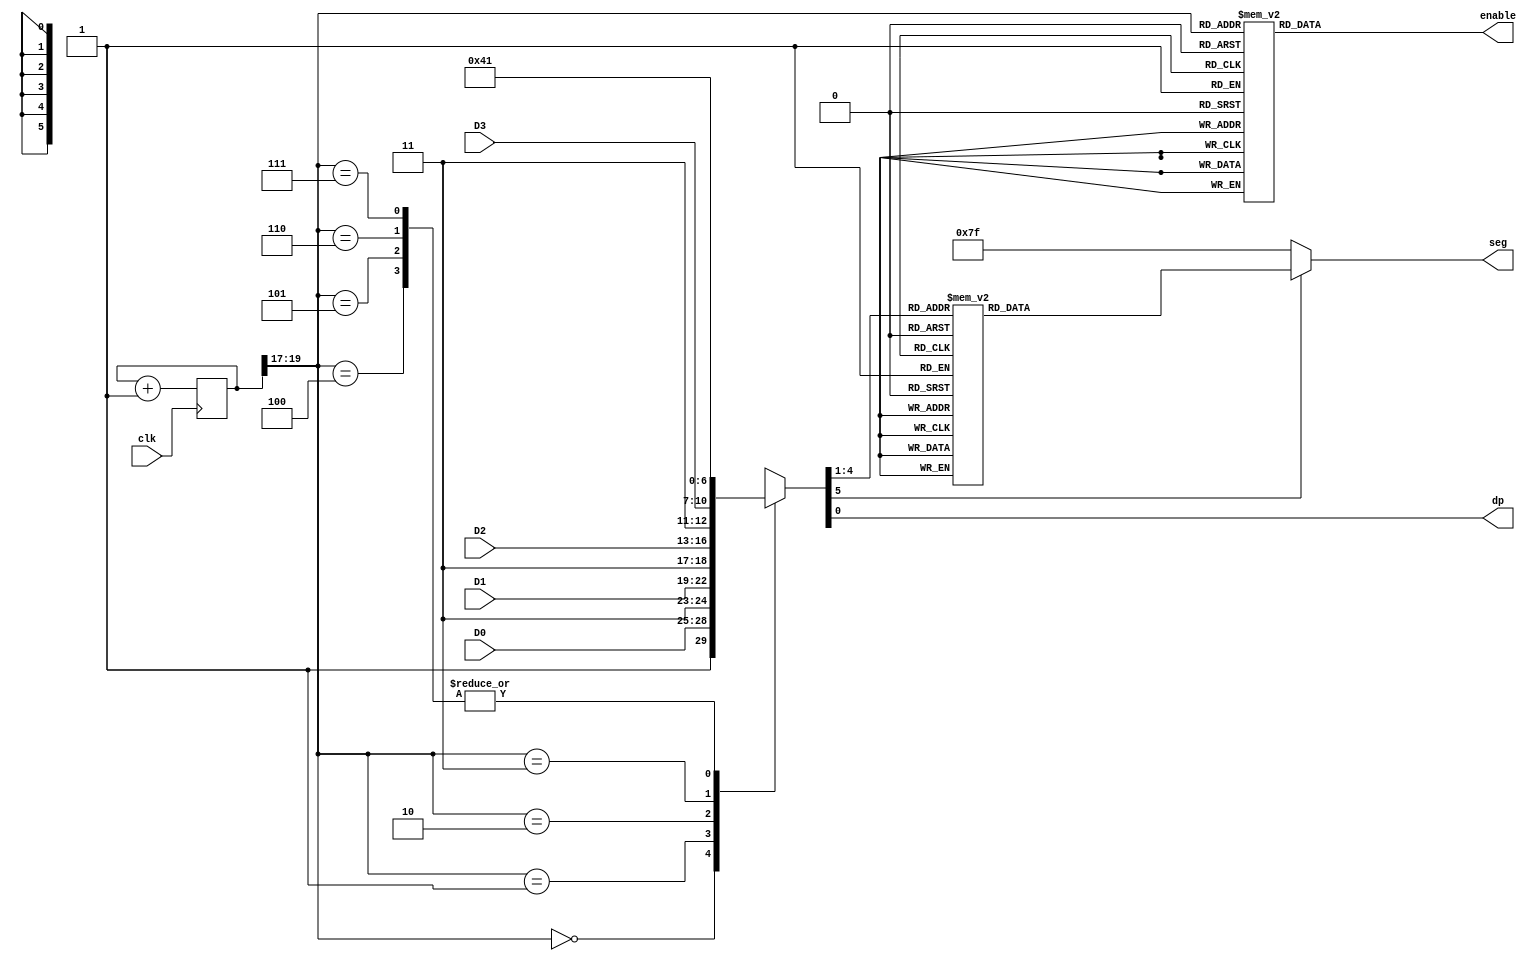
`timescale 1ns / 1ps
//////////////////////////////////////////////////////////////////////////////////
// Company: 
// Engineer: 
// 
// Design Name: 
// Module Name: displayInterface
// Project Name: 
// Target Devices: 
// Tool Versions: 
// Description: 
// 
// Dependencies: 
// 
// Revision:
// Revision 0.01 - File Created
// Additional Comments:
// 
//////////////////////////////////////////////////////////////////////////////////


module displayInterface
    (
        input       clk,
        input       [3:0] D0,
        input       [3:0] D1,
        input       [3:0] D2,
        input       [3:0] D3,
        output      dp,
        output reg  [7:0] enable,
        output reg  [6:0] seg
    );
    
    reg [19:0] counter = {20{1'b0}};

    always @(posedge clk)
        counter <= counter + 1'b1;


    /* 
        3 x 8 Decoder
            Block determines enable for seven seg
            Input: 3-bit from the most significant bits of counter
            Output: 8-bit output, active low for common anode 7 segment
    */
    always @(counter) begin
        case (counter[19:17])
            3'b000  : enable <= ~(8'b00000001);
            3'b001  : enable <= ~(8'b00000010);
            3'b010  : enable <= ~(8'b00000100);
            3'b011  : enable <= ~(8'b00001000);
            3'b100  : enable <= ~(8'b00010000);
            3'b101  : enable <= ~(8'b00100000);
            3'b110  : enable <= ~(8'b01000000);
            3'b111  : enable <= ~(8'b10000000);
            default : enable <= ~(8'b00000000);
        endcase
    end

    /* 
        Multiplexor
            Block determines binary output
            Input: 6 bit values; 4 bit referenced from switch input; 
            Output: 6 bit output; MSB signfies Enable; LSB signifies decimal point; mid-4 signify BCD value
    */
    wire [6:0] I0, I1, I2, I3, I4, I5, I6, I7;
    assign I0 = {1'b1, D0, 1'b1};
    assign I1 = {1'b1, D1, 1'b1};
    assign I2 = {1'b1, D2, 1'b1};
    assign I3 = {1'b1, D3, 1'b1};
    assign I4 = {1'b0, 4'b0, 1'b1};
    assign I5 = {1'b0, 4'b0, 1'b1};
    assign I6 = {1'b0, 4'b0, 1'b1};
    assign I7 = {1'b0, 4'b0, 1'b1};
    
    reg [5:0] Dout;

    always @(counter[19:17], I0, I1, I2, I3, I4, I5, I6, I7) begin
        case (counter[19:17])
            3'b000: Dout = I0;
            3'b001: Dout = I1;
            3'b010: Dout = I2;
            3'b011: Dout = I3;
            3'b100: Dout = I4;
            3'b101: Dout = I5;
            3'b110: Dout = I6;
            3'b111: Dout = I7;
        endcase
    end 

    /* 
        Binary to Seven Segment Decoder
        Input: 4 bit binary value
        Output: 7 bit seven segment encoded value
    */
    assign dp = Dout[0];

    always @ (Dout) begin
        if (Dout[5]) begin
            case (Dout[4:1])
                4'b0000 :   seg = ~(7'h3f);     // 0
                4'b0001 :   seg = ~(7'h06);     // 1 
                4'b0010 :   seg = ~(7'h5b);     // 2 
                4'b0011 :   seg = ~(7'h4f);     // 3 
                4'b0100 :   seg = ~(7'h66);     // 4 
                4'b0101 :   seg = ~(7'h6d);     // 5 
                4'b0110 :   seg = ~(7'h7d);     // 6 
                4'b0111 :   seg = ~(7'h07);     // 7 
                4'b1000 :   seg = ~(7'h7f);     // 8 
                4'b1001 :   seg = ~(7'h6f);     // 9 
                4'b1010 :   seg = ~(7'h77);     // 10
                4'b1011 :   seg = ~(7'h7c);     // 11
                4'b1100 :   seg = ~(7'h39);     // 12
                4'b1101 :   seg = ~(7'h5e);     // 13
                4'b1110 :   seg = ~(7'h79);     // 14
                4'b1111 :   seg = ~(7'h71);     // 15 
            endcase
        end
        else
            seg = 7'b1111111;
    end

endmodule